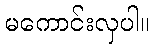
မကောင်းလှပါ။